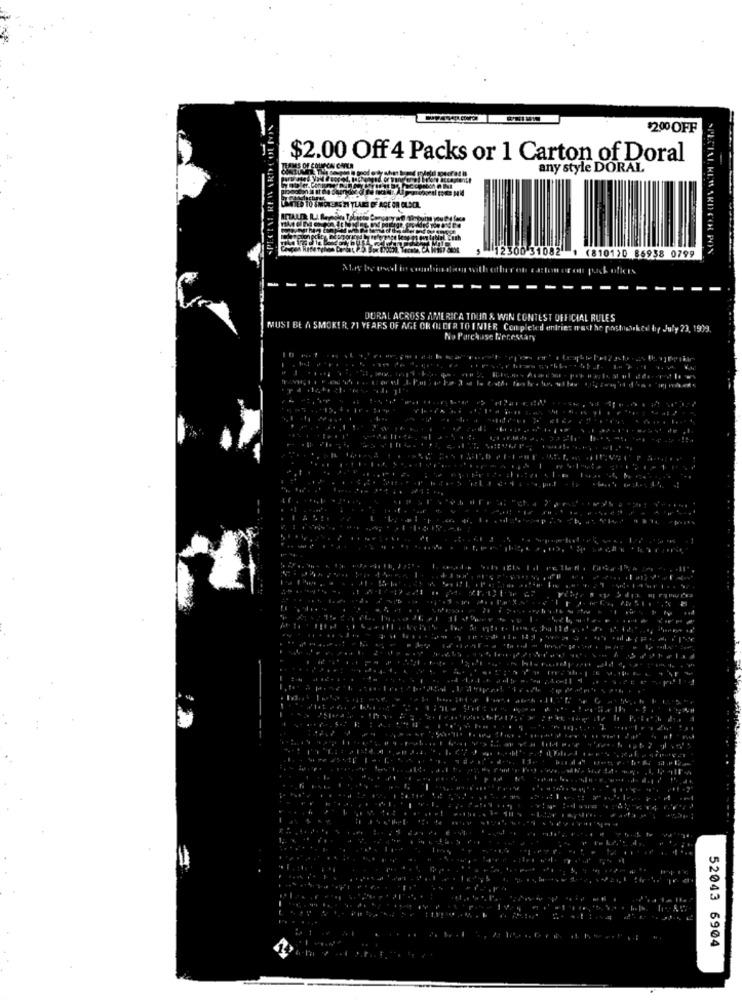
$2.00 OFF
$2.00 Off 4 Packs or 1 Carton of Doral
any style DORAL
5 21 TLARI OF AGE OR OLSCR.
12300 31082 1 (8101)0 86938 0799
DURAL ACROSS AMERICA TOUN & WIN CONTEST OFFICIAL RULES
MUST BE A SMOKER, 71 YEARS OF AGE OR OLDER TO INTER Completed entries wasthe postasiked by July 23, 1999.
No Parchase Necessary
52043 6904